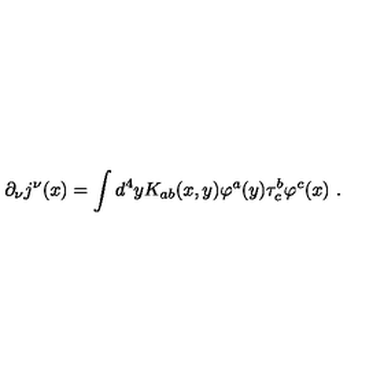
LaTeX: \partial _ { \nu } j ^ { \nu } ( x ) = \int d ^ { 4 } y K _ { a b } ( x , y ) \varphi ^ { a } ( y ) \tau _ { c } ^ { b } \varphi ^ { c } ( x ) \ .